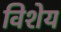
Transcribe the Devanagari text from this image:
विशेय